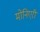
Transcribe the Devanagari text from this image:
मोनिएरी